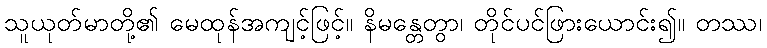
သူယုတ်မာတို့၏ မေထုန်အကျင့်ဖြင့်။ နိမန္တေတွာ၊ တိုင်ပင်ဖြားယောင်း၍။ တဿ၊